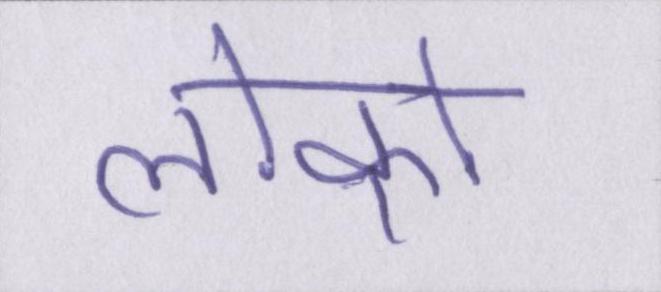
लोको